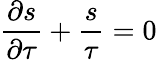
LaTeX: \frac{\partial s}{\partial\tau}+\frac{s}{\tau}=0